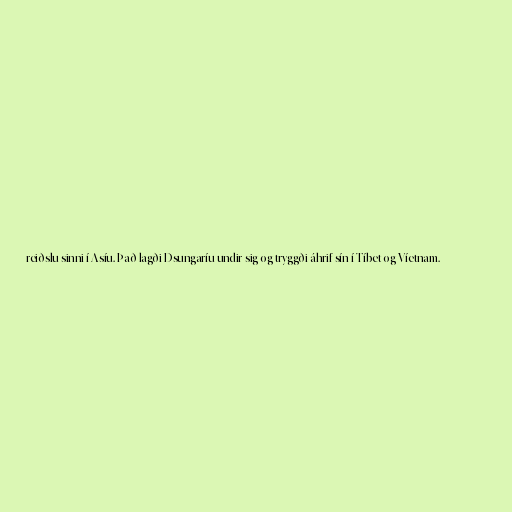
reiðslu sinni í Asíu. Það lagði Dsungaríu undir sig og tryggði áhrif sín í Tíbet og Víetnam.